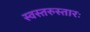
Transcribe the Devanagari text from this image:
स्वस्तरुस्तारः